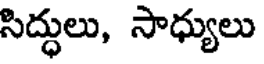
సిద్ధులు, సాధ్యులు